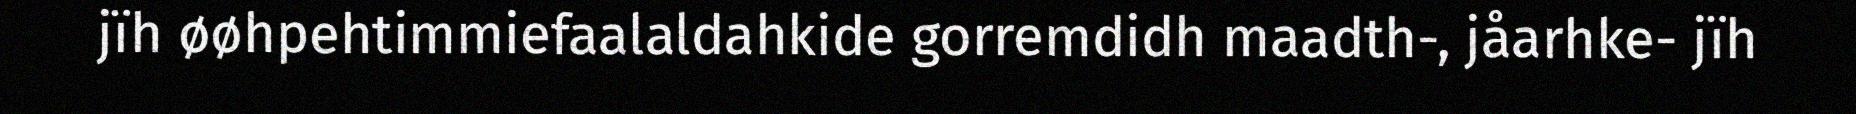
jïh øøhpehtimmiefaalaldahkide gorremdidh maadth-, jåarhke- jïh